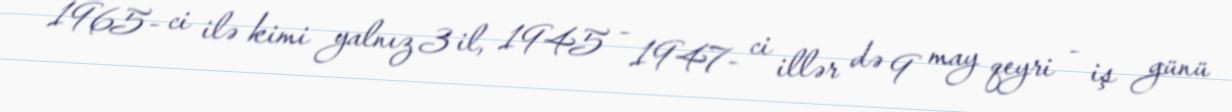
1965- ci ilə kimi yalnız 3 il, 1945 - 1947- ci illər də 9 may qeyri - iş günü